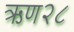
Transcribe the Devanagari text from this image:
ऋण२८